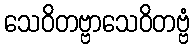
သေဝိတဗ္ဗာသေဝိတဗ္ဗံ